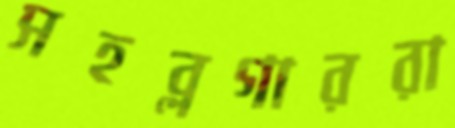
সহব্লগাররা